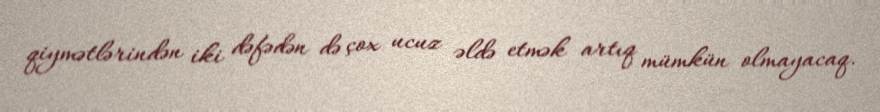
qiymətlərindən iki dəfədən də çox ucuz əldə etmək artıq mümkün olmayacaq.